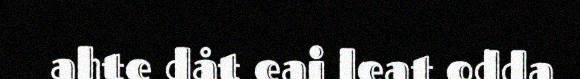
ahte dåt eai leat odda